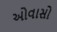
ઓવાસો